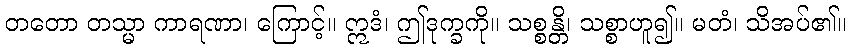
တတော တသ္မာ ကာရဏာ၊ ကြောင့်။ ဣဒံ၊ ဤဒုက္ခကို။ သစ္စန္တိ၊ သစ္စာဟူ၍။ မတံ၊ သိအပ်၏။